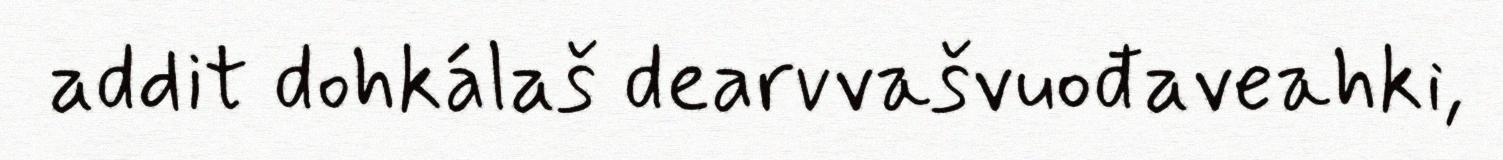
addit dohkálaš dearvvašvuođaveahki,